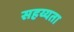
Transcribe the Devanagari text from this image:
सहय्यता